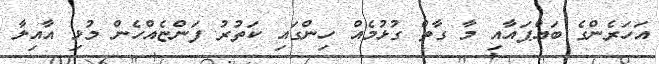
އަހަރެންގެ ބައްޕައާއި މާ ގާތް ގުޅުމެއް ހިންގައި ކަތުރު ފަންޏެއްހެން މުޅި އާއިލާ